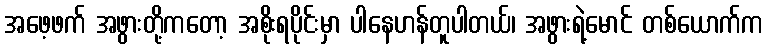
အဖေ့ဖက် အဖွားတို့ကတော့ အစိုးရပိုင်းမှာ ပါနေဟန်တူပါတယ်၊ အဖွားရဲ့မောင် တစ်ယောက်က